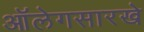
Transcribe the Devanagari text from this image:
ऑलेगसारखे